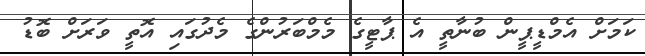
ކަމަށް އެމްޑީޕީން ބުނާތީ އެ ޕާޓީގެ މެމްބަރުންގެ މެދުގައި އޮތީ ވަރަށް ބޮޑު